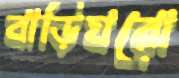
বাড়িঘরো